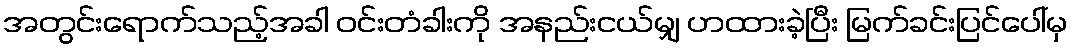
အတွင်းရောက်သည့်အခါ ဝင်းတံခါးကို အနည်းငယ်မျှ ဟထားခဲ့ပြီး မြက်ခင်းပြင်ပေါ်မှ